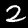
Label: 2